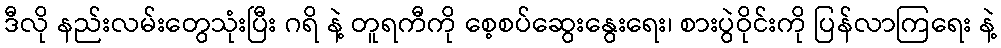
ဒီလို နည်းလမ်းတွေသုံးပြီး ဂရိ နဲ့ တူရကီကို စေ့စပ်ဆွေးနွေးရေး၊ စားပွဲဝိုင်းကို ပြန်လာကြရေး နဲ့